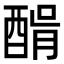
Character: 𨡠